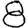
Digit: 8